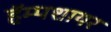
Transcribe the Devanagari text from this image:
हॅम्पशायर